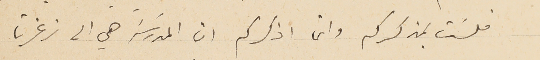
فلسَت بمذكركم وانما اذكركم ان المدرسَة هي الى زغرتا